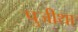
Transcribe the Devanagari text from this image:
पुजीथा